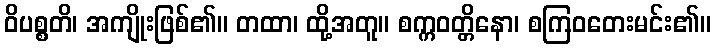
ဝိပစ္စတိ၊ အကျိုးဖြစ်၏။ တထာ၊ ထို့အတူ။ စက္ကဝတ္တိနော၊ စကြဝတေးမင်း၏။